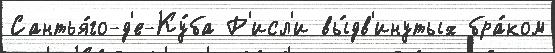
Сантья́го-д'е-Ку́ба Р'исл'и вы́дв'инутых бра́ком